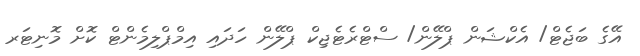
އޭގެ ބަޖެޓް/ އެކްޝަން ޕްލޭން/ ސްޓްރެޓެޖިކް ޕްލޭން ހަދައި އިމްޕްލިމެންޓް ކޮށް މޮނިޓަރ